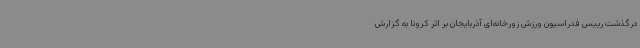
درگذشت رییس فدراسیون ورزش زورخانه‌ای آذربایجان بر اثر کرونا به گزارش